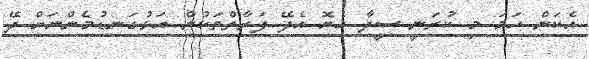
އެކަން ހަމަ މި ކުރަނީ ސީދާ ހެޔޮ އެދޭ ފަރާތްތަކުން އަޅުގަނޑުމެންނަށް ދޭ